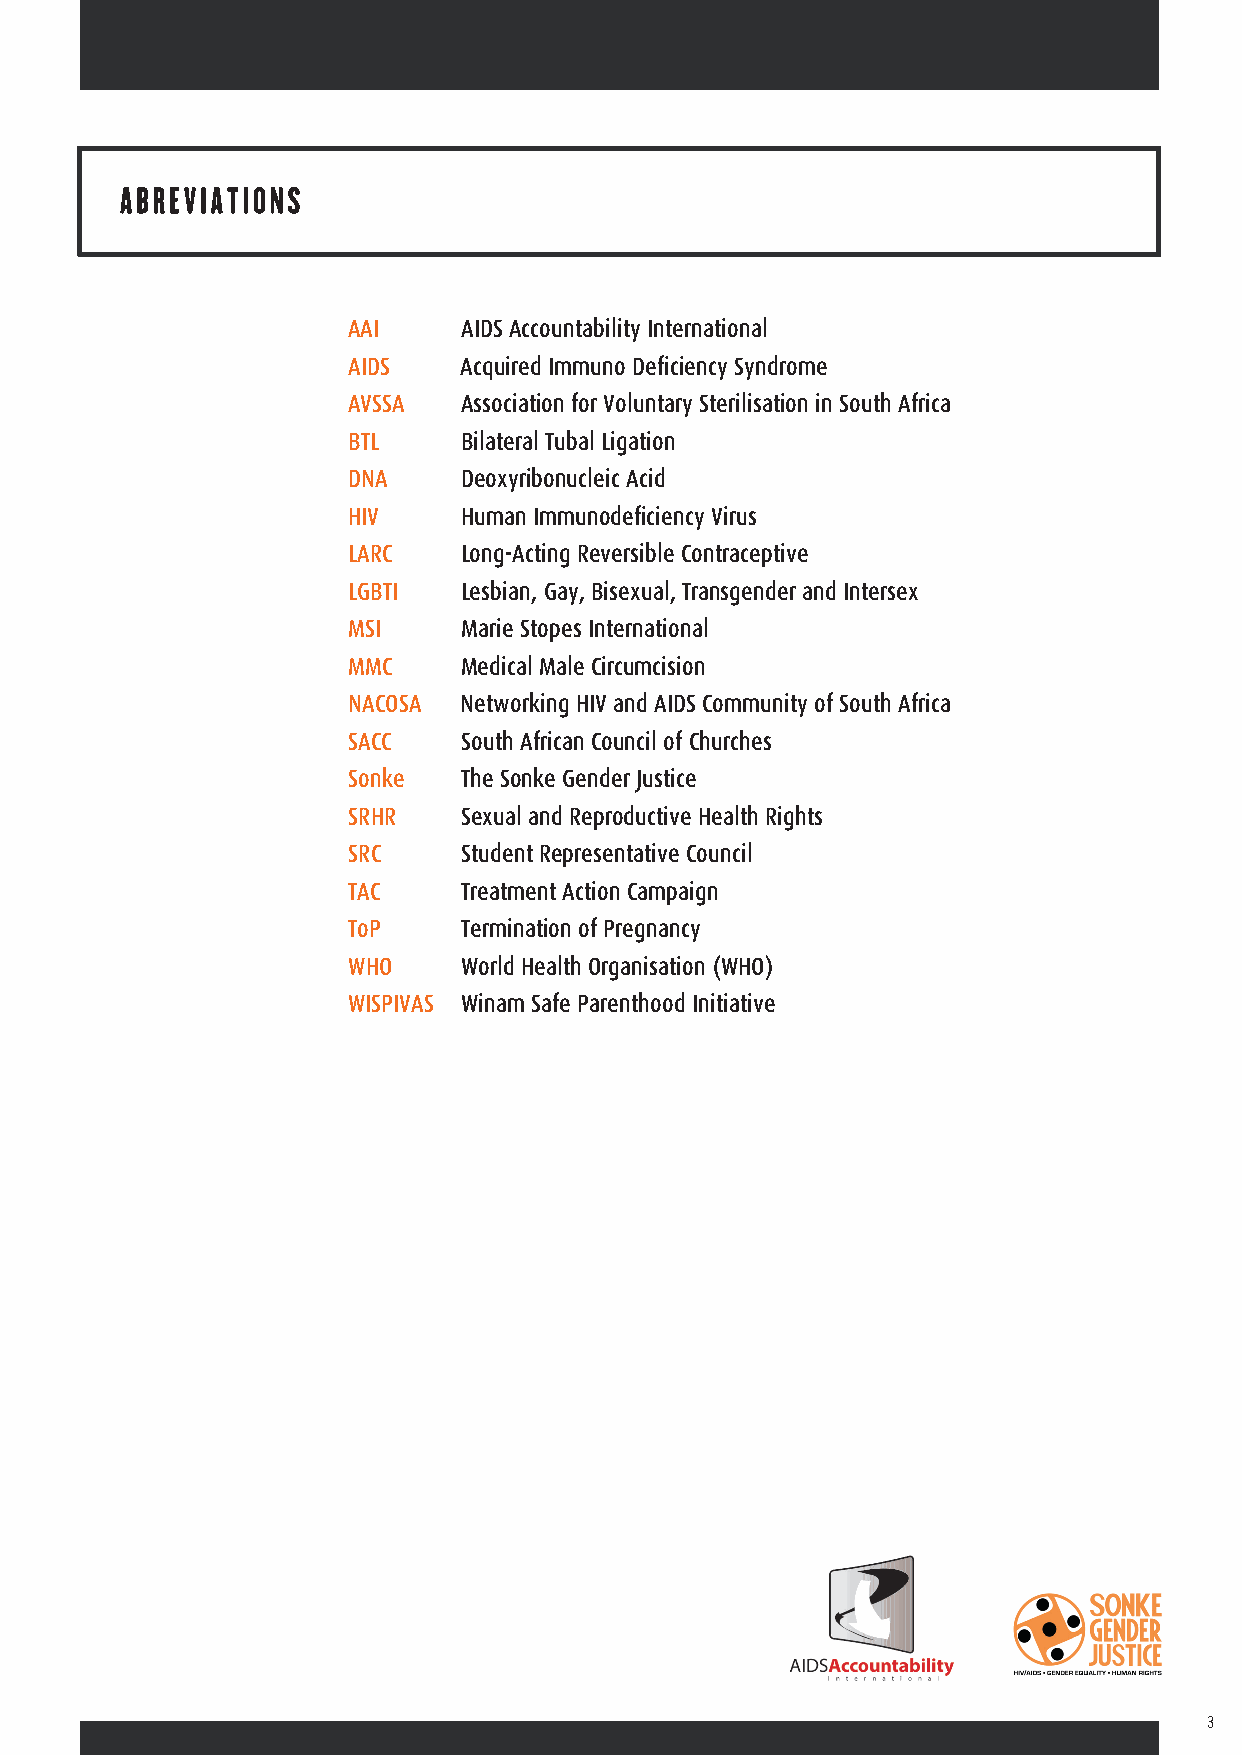
AAI     AIDS Accountability International
 AIDS    Acquired Immuno Deficiency Syndrome
 AVSSA   Association for Voluntary Sterilisation in South Africa
 BTL     Bilateral Tubal Ligation
 DNA     Deoxyribonucleic Acid
 HIV     Human Immunodeficiency Virus
 LARC    Long-Acting Reversible Contraceptive
 LGBTI   Lesbian, Gay, Bisexual, Transgender and Intersex
 MSI     Marie Stopes International
 MMC     Medical Male Circumcision
 NACOSA  Networking HIV and AIDS Community of South Africa
 SACC    South African Council of Churches
 Sonke   The Sonke Gender Justice
 SRHR    Sexual and Reproductive Health Rights
 SRC     Student Representative Council
 TAC     Treatment Action Campaign
 ToP     Termination of Pregnancy
 WHO     World Health Organisation (WHO)
 WISPIVAS Winam Safe Parenthood Initiative
 3